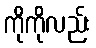
ကိုကိုလည်း